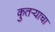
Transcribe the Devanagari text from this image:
कुतऱ्याचा